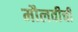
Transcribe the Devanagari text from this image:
मौलवीची